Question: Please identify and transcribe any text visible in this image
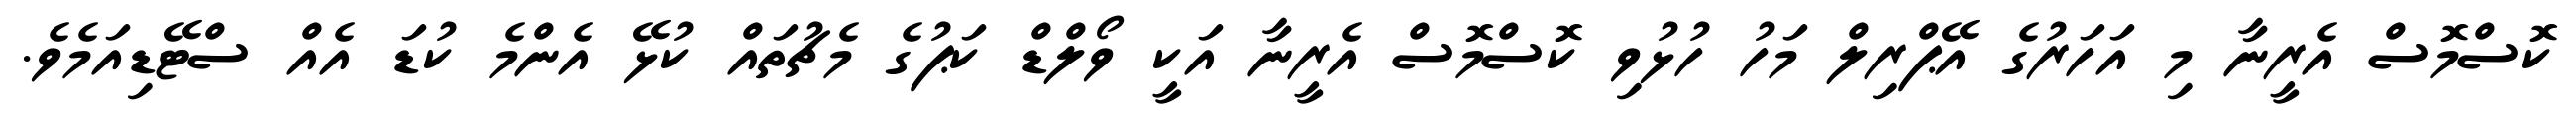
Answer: ކޮސްމޮސް އެރީނާ މި އަހަރުގެ އޭޕްރިލް މަހު ހުޅުވި ކޮސްމޮސް އެރީނާ އަކީ ވޯލްޑް ކަޕުގެ މެޗުތައް ކުޅޭ އެންމެ ކުޑަ އެއް ސްޓޭޑިއަމެވެ.